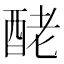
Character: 𨠬